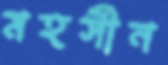
মহসীন